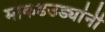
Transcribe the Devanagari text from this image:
माकडउड्यांनी